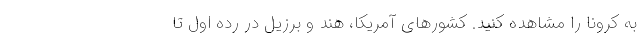
به کرونا را مشاهده کنید. کشورهای آمریکا، هند و برزیل در رده اول تا